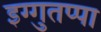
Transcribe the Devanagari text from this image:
इग्गुतप्पा